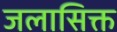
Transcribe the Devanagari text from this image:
जलासिक्त